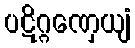
ပဋိဂ္ဂဏှေယျံ